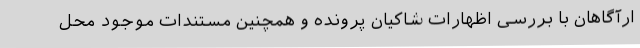
ارآگاهان با بررسی اظهارات شاکیان پرونده و همچنین مستندات موجود محل